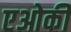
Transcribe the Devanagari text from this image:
एओकी